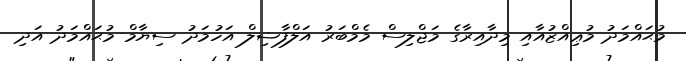
މުޙައްމަދު މުޢިއްޒުއާއި މިދާއިރާގެ މަޖްލިސް މެމްބަރު އަލްފާޟިލް އަހުމަދު ސިޔާމް މުޙައްމަދު އަދި